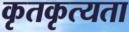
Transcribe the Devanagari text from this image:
कृतकृत्यता